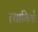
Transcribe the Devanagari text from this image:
त्‍यागियो